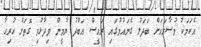
އެކަމަކު މުސާރައަށް ބަދަލު ގެނައުމުގައި ރައީސް އަބްދު ޔާމީން ވިދާޅުވި ގޮތަށް ހުރިހާ